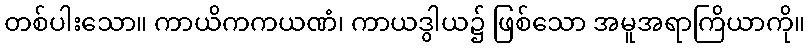
တစ်ပါးသော။ ကာယိကကယဏံ၊ ကာယဒွါယ၌ ဖြစ်သော အမူအရာကြိယာကို။